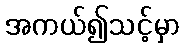
အကယ်၍သင့်မှာ